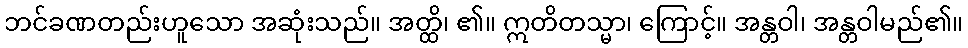
ဘင်ခဏတည်းဟူသော အဆုံးသည်။ အတ္ထိ၊ ၏။ ဣတိတသ္မာ၊ ကြောင့်။ အန္တဝါ၊ အန္တဝါမည်၏။